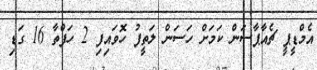
އެމްޑީޕީ ޗެއާޕާސަން ކަމަށް ހަސަން ލަތީފު ހޮވައިފި 2 ހަފްތާ 16 ގަޑި